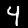
Label: 4